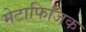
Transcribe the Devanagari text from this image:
मेटाफिजिक